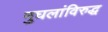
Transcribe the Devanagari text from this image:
मुघलांविरुद्ध